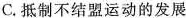
C.抵制不结盟运动的发展